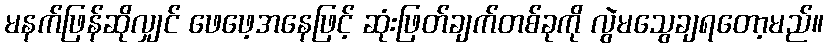
မနက်ဖြန်ဆိုလျှင် ဖေဖေ့အနေဖြင့် ဆုံးဖြတ်ချက်တစ်ခုကို လွဲမသွေချရတော့မည်။